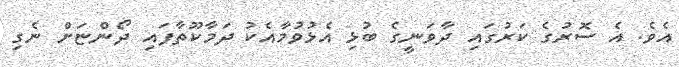
އެވެ. އެ ސޮރުގެ ކަރުގައި ދާވަނީގެ ބުޅި އެޅުވުމާއެކު ދަމާކޫތާފައި ދޯންޏަށް ނެގި